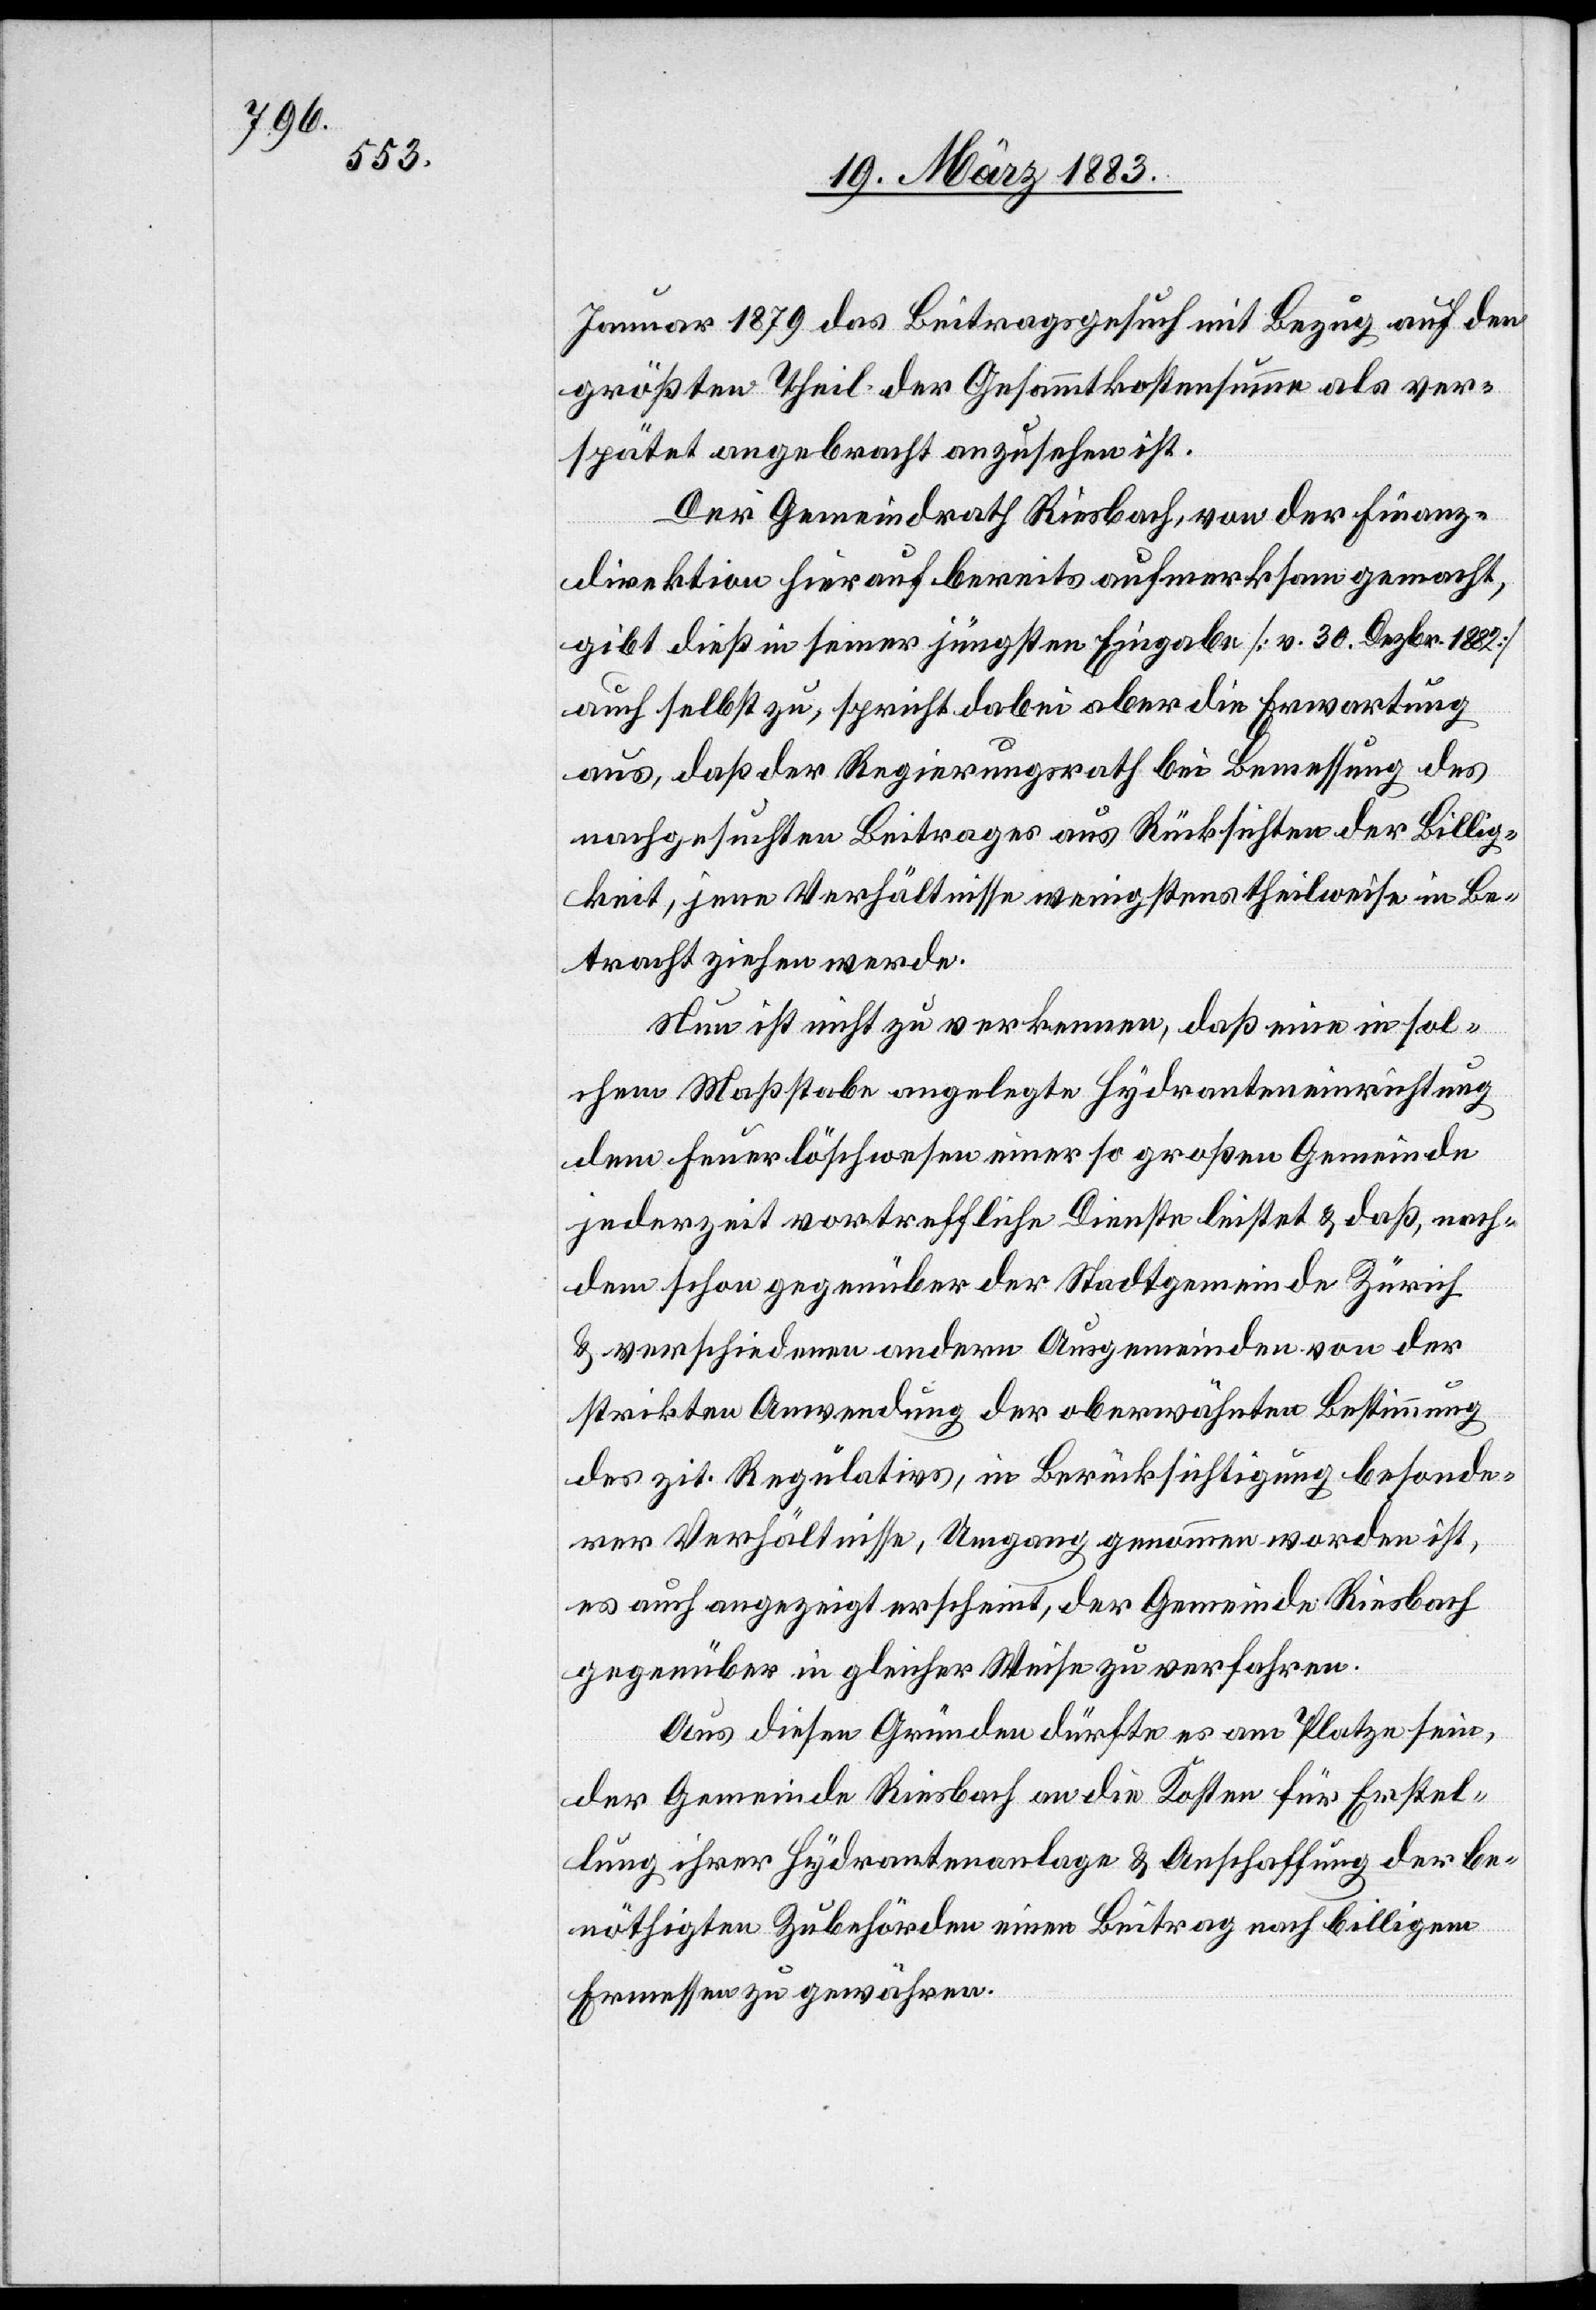
Januar 1879 das Beitragsgesuch mit Bezug auf den
größten Theil der Gesammtkostensumme als ver¬
spätet angebracht anzusehen ist.
Der Gemeindrath Riesbach, von der Finanz¬
direktion hierauf bereits aufmerksam gemacht,
gibt dieß in seiner jüngsten Eingabe [v. 30. Dezbr. 1882]
auch selbst zu, spricht dabei aber die Erwartung
aus, daß der Regierungsrath bei Bemessung des
nachgesuchten Beitrages aus Rücksichten der Billig¬
keit, jene Verhältnisse wenigstens theilweise in Be¬
tracht ziehen werde.
Nun ist nicht zu verkennen, daß eine in sol¬
chem Maßstabe angelegte Hydranteneinrichtung
dem Feuerlöschwesen einer so großen Gemeinde
jederzeit vortreffliche Dienste leistet & daß, nach¬
dem schon gegenüber der Stadtgemeinde Zürich
& verschiedenen andern Ausgemeinden von der
strikten Anwendung der oberwähnten Bestimmung
des zit. Regulativs, in Berücksichtigung besonde¬
rer Verhältnisse, Umgang genommen worden ist,
es auch angezeigt erscheint, der Gemeinde Riesbach
gegenüber in gleicher Weise zu verfahren.
Aus diesen Gründen dürfte es am Platze sein,
der Gemeinde Riesbach an die Kosten für Erstel¬
lung ihrer Hydrantenanlage & Anschaffung der be¬
nöthigten Zubehörden einen Beitrag nach billigem
Ermessen zu gewähren.